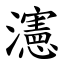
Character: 瀗